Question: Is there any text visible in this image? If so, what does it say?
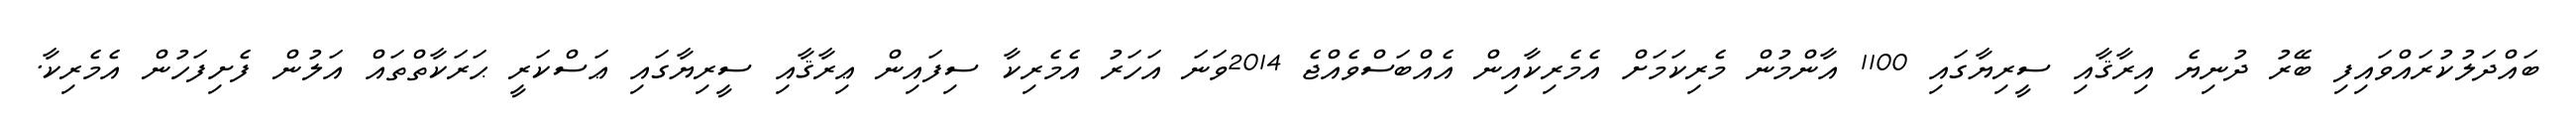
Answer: ބައްދަލުކުރައްވައިފި ބޭރު ދުނިޔެ އިރާޤާއި ސީރިޔާގައި 1100 އާންމުން މެރިކަމަށް އެމެރިކާއިން އެއްބަސްވެއްޖެ 2014ވަނަ އަހަރު އެމެރިކާ ސިފައިން ޢިރާޤާއި ސީރިޔާގައި ޢަސްކަރީ ޙަރަކާތްތައް އަލުން ފެށިފަހުން އެމެރިކާ.